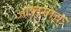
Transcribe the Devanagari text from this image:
आष्टगाव